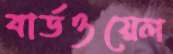
বার্ডওয়েল